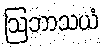
ဩဘာသယံ